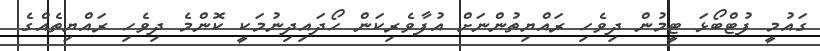
ގައުމީ ފުޓްބޯޅަ ޓީމުން ދިވެހި ރައްޔިތުންނަށް އުފާވެރިކަން ހޯދައިދިނުމަކީ ކޮންމެ ދިވެހި ރައްޔިތެއްގެ